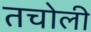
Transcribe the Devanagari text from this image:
तचोली